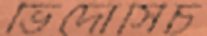
ভিদোসিচ